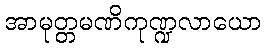
အာမုတ္တမဏိကုဏ္ဍလာယော